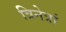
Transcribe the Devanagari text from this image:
त्रिनेत्रां